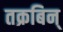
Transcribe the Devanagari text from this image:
तक्रबिन्